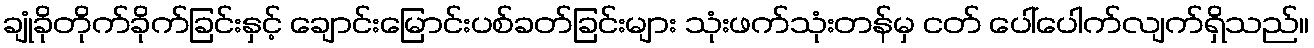
ချုံခိုတိုက်ခိုက်ခြင်းနှင့် ချောင်းမြောင်းပစ်ခတ်ခြင်းများ သုံးဖက်သုံးတန်မှ ငတ် ပေါ်ပေါက်လျက်ရှိသည်။